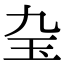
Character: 𤣬